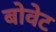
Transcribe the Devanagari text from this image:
बोवेट